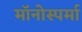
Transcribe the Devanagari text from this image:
मॉनोस्पर्मा